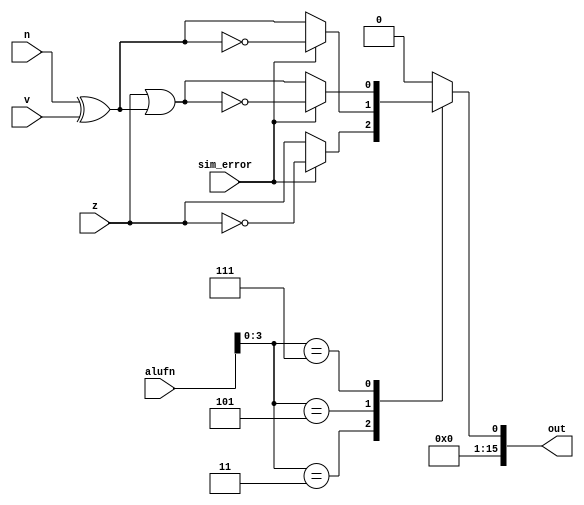
module compare_16_11 (
    input z,
    input v,
    input n,
    input [0:0] sim_error,
    input [5:0] alufn,
    output reg [15:0] out
  );
  
  
  
  always @* begin
    out = 16'h0000;
    
    case (alufn[0+3-:4])
      default: begin
        out[0+0-:1] = 1'h0;
      end
      4'h3: begin
        if (sim_error == 1'h0) begin
          out[0+0-:1] = z;
        end else begin
          out[0+0-:1] = ~z;
        end
      end
      4'h5: begin
        if (sim_error == 1'h0) begin
          out[0+0-:1] = n ^ v;
        end else begin
          out[0+0-:1] = ~(n ^ v);
        end
      end
      4'h7: begin
        if (sim_error == 1'h0) begin
          out[0+0-:1] = z | (n ^ v);
        end else begin
          out[0+0-:1] = ~(z | (n ^ v));
        end
      end
    endcase
  end
endmodule